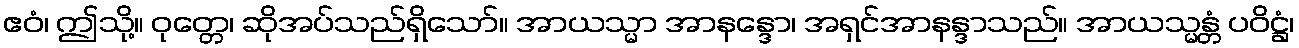
ဧဝံ၊ ဤသို့။ ဝုတ္တေ၊ ဆိုအပ်သည်ရှိသော်။ အာယသ္မာ အာနန္ဒော၊ အရှင်အာနန္ဒာသည်။ အာယသ္မန္တံ ပဝိဋ္ဌံ၊